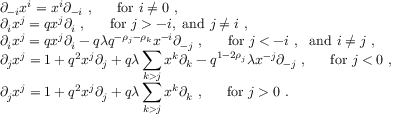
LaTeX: \begin{array} { l } { { \partial _ { - i } x ^ { i } = x ^ { i } \partial _ { - i } ~ , ~ ~ ~ ~ ~ \mathrm { f o r } ~ i \not = 0 ~ , } } \\ { { \partial _ { i } x ^ { j } = q x ^ { j } \partial _ { i } ~ , ~ ~ ~ ~ ~ \mathrm { f o r } ~ j > - i , ~ \mathrm { a n d } ~ j \not = i ~ , } } \\ { { \partial _ { i } x ^ { j } = q x ^ { j } \partial _ { i } - q \lambda q ^ { - \rho _ { j } - \rho _ { k } } x ^ { - i } \partial _ { - j } ~ , ~ ~ ~ ~ ~ \mathrm { f o r } ~ j < - i ~ , ~ ~ \mathrm { a n d } ~ i \not = j ~ , } } \\ { { \partial _ { j } x ^ { j } = 1 + q ^ { 2 } x ^ { j } \partial _ { j } + q \lambda \displaystyle \sum _ { k > j } x ^ { k } \partial _ { k } - q ^ { 1 - 2 \rho _ { j } } \lambda x ^ { - j } \partial _ { - j } ~ , ~ ~ ~ ~ ~ \mathrm { f o r } ~ j < 0 ~ , } } \\ { { \partial _ { j } x ^ { j } = 1 + q ^ { 2 } x ^ { j } \partial _ { j } + q \lambda \displaystyle \sum _ { k > j } x ^ { k } \partial _ { k } ~ , ~ ~ ~ ~ ~ \mathrm { f o r } ~ j > 0 ~ . } } \end{array}